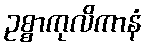
ဥစ္စာကုလိကာနံ